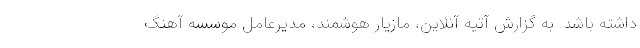
داشته باشد. به گزارش آتیه آنلاین، مازیار هوشمند، مدیرعامل موسسه آهنگ